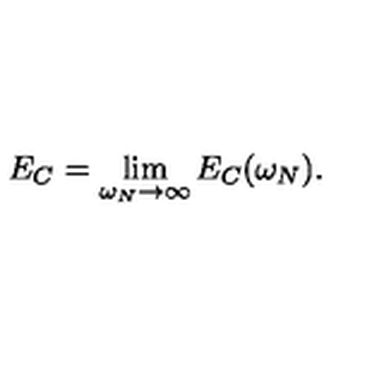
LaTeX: E _ { C } = \lim _ { \omega _ { N } \rightarrow \infty } E _ { C } ( \omega _ { N } ) .